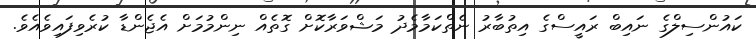
ކައުންސިލްގެ ނައިބް ރައީސްގެ އިތުބާރު ނެތްކަމާމެދު މަޝްވަރާކޮށް ގޮތެއް ނިންމުމަށް އެޖެންޑާ ކުރެވިފައިވެއެވެ.